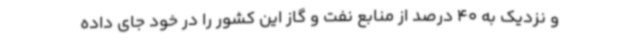
و نزدیک به 40 درصد از منابع نفت و گاز این کشور را در خود جای داده